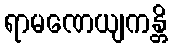
ရာမဏေယျကန္တိ